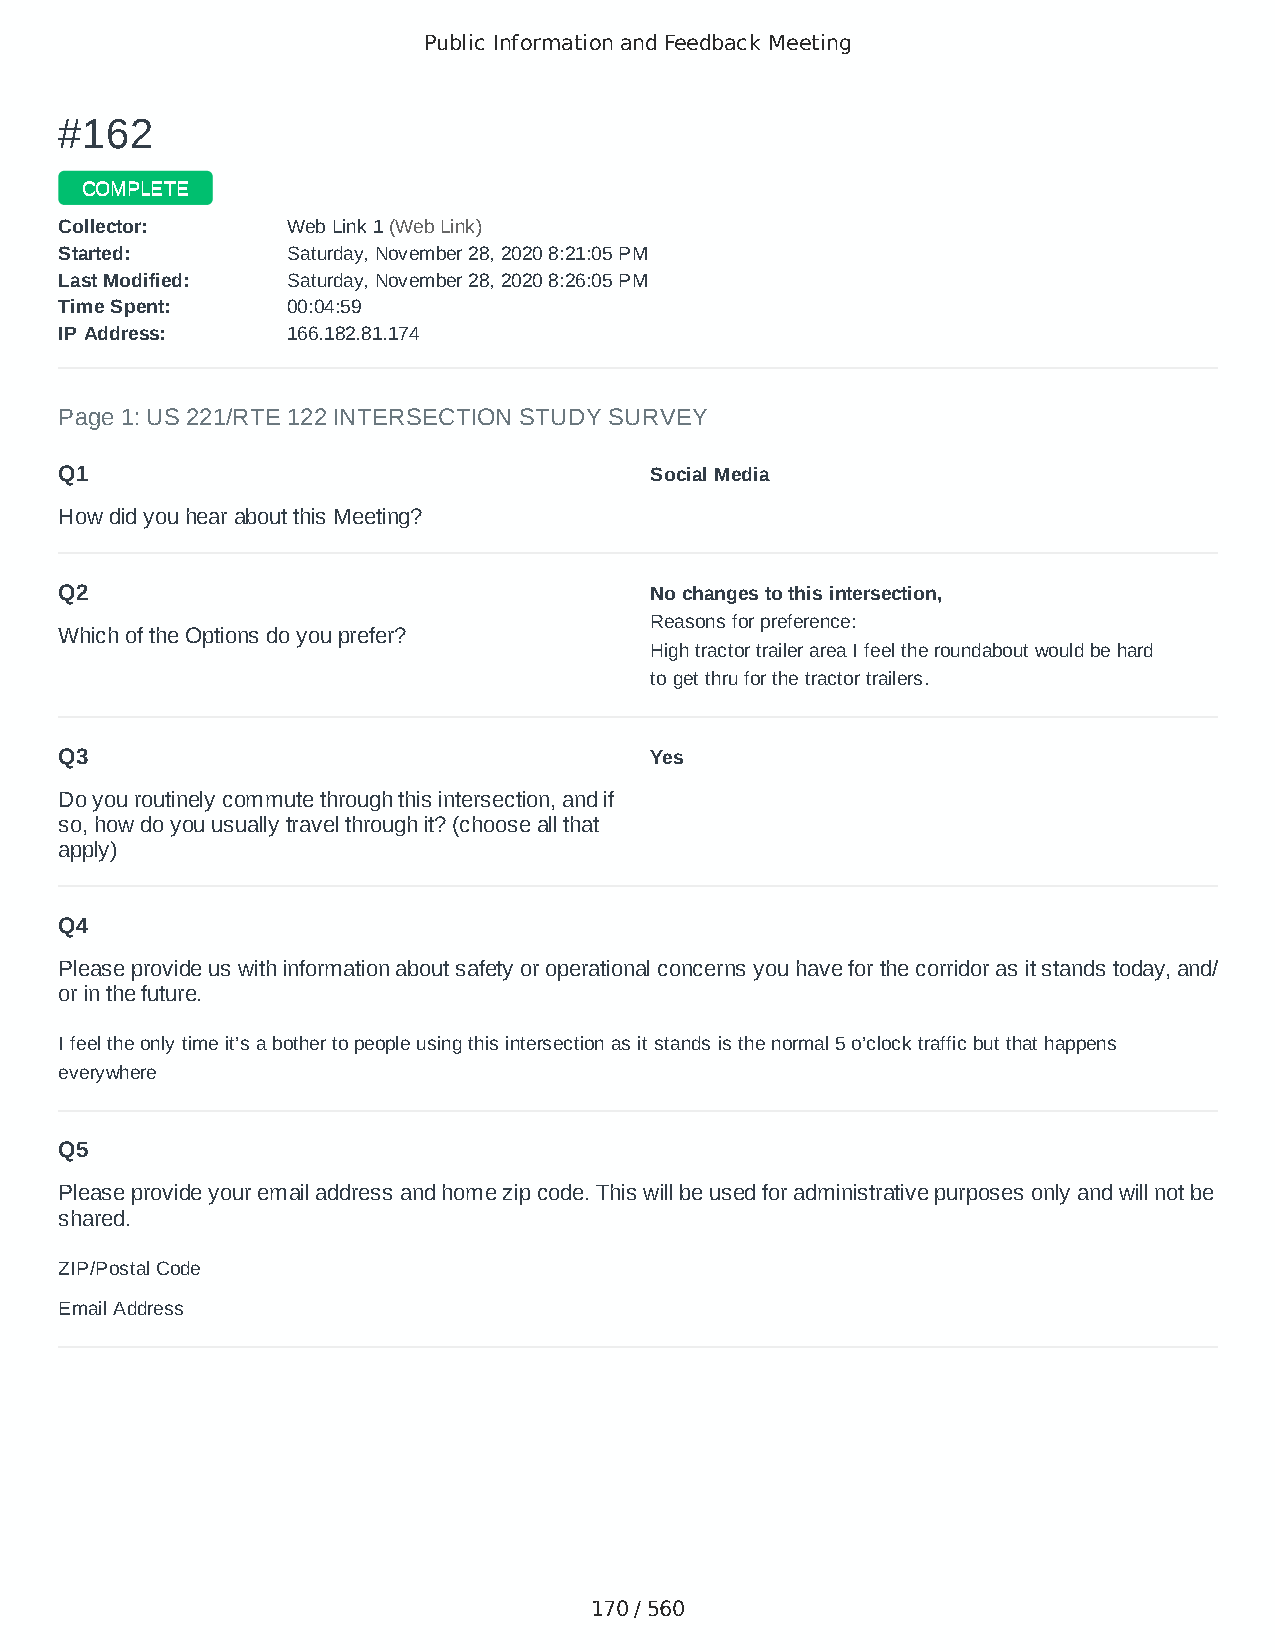
Public Information and Feedback Meeting
 ##116622
 CCOOMMPPLLEETTEE
 CCoolllleeccttoorr:: WWeebb LLiinnkk 11 ((WWeebb LLiinnkk))
 SSttaarrtteedd:: SSaattuurrddaayy,, NNoovveemmbbeerr 2288,, 22002200 88::2211::0055 PPMM
 LLaasstt MMooddiiffiieedd:: SSaattuurrddaayy,, NNoovveemmbbeerr 2288,, 22002200 88::2266::0055 PPMM
 TTiimmee SSppeenntt:: 0000::0044::5599
 IIPP AAddddrreessss:: 116666..118822..8811..117744
 Page 1: US 221/RTE 122 INTERSECTION STUDY SURVEY
 Q1                                     Social Media
 How did you hear about this Meeting?
 Q2                                     No changes to this intersection,
 Reasons for preference:
 Which of the Options do you prefer?
 High tractor trailer area I feel the roundabout would be hard
 to get thru for the tractor trailers.
 Q3                                     Yes
 Do you routinely commute through this intersection, and if
 so, how do you usually travel through it? (choose all that
 apply)
 Q4
 Please provide us with information about safety or operational concerns you have for the corridor as it stands today, and/
 or in the future.
 I feel the only time it’s a bother to people using this intersection as it stands is the normal 5 o’clock traffic but that happens
 everywhere
 Q5
 Please provide your email address and home zip code. This will be used for administrative purposes only and will not be
 shared.
 ZIP/Postal Code                        24551
 Email Address                          wnl2@aol.com
 170 / 560